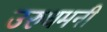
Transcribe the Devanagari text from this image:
उरुधमनी